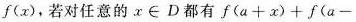
f(x)，若对任意的$$x \in D$$都有$$f(a+x)+f(a-$$